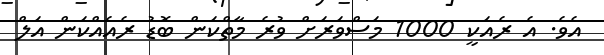
އެވެ. އެ ރެއަކީ 1000 މަސްވަރަށް ވުރެ މާތްކަން ބޮޑު ރެއެއްކަން އަލް